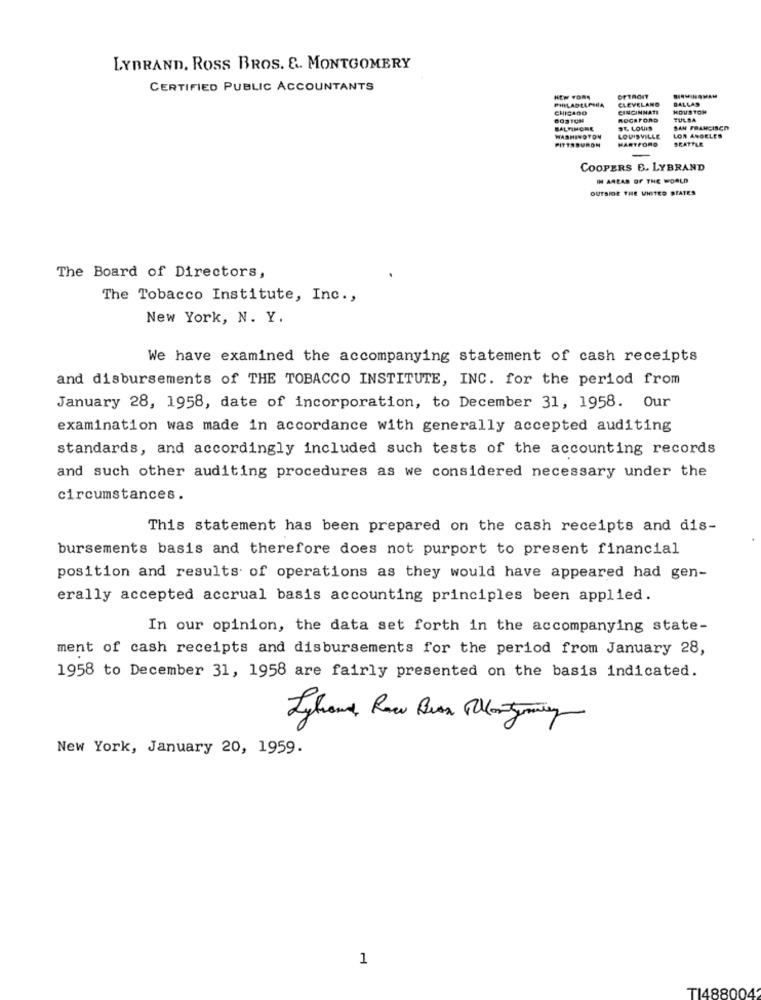
LYBRAND, ROSS BROS. &. MONTGOMERY
CERTIFIED PUBLIC ACCOUNTANTS
PHILADELPHIA
CLEVELAND
DALLAS
CHICAGO
CINCINNATI
HOUSTON
ROCKFORD
TULSA
BALTIMORE
ST. LOUIS
SAN FRANCISCO
WASHINGTON
PITTSBURON
LOUISVILLE
HARTFORD
LOS ANGELES
SEATTLE
COOPERS B. LYBRAND
IN AREAS OF THE WORLD
OUTSIDE THE VINTED BEATES
The Board of Directors,
The Tobacco Institute, Inc .,
New York, N. Y.
We have examined the accompanying statement of cash receipts
and disbursements of THE TOBACCO INSTITUTE, INC. for the period from
January 28, 1958, date of incorporation, to December 31, 1958. Our
examination was made in accordance with generally accepted auditing
standards, and accordingly included such tests of the accounting records
and such other auditing procedures as we considered necessary under the
circumstances.
This statement has been prepared on the cash receipts and dis-
bursements basis and therefore does not purport to present financial
position and results of operations as they would have appeared had gen-
erally accepted accrual basis accounting principles been applied.
In our opinion, the data set forth in the accompanying state-
ment of cash receipts and disbursements for the period from January 28,
1958 to December 31, 1958 are fairly presented on the basis indicated.
Lyhand, Raw Bran Plentyny
New York, January 20, 1959.
1
TI488004'